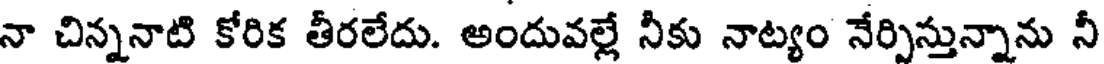
నా చిన్ననాటి కోరిక తీరలేదు. అందువల్లే నీకు నాట్యం నేర్పిస్తున్నాను నీ